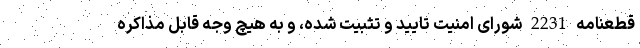
قطعنامه 2231 شورای امنیت تایید و تثبیت شده، و به هیچ وجه قابل مذاکره